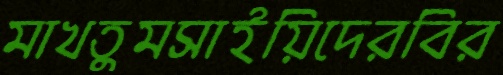
মাখতুমসাইয়িদেরবির